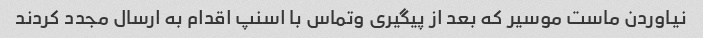
نیاوردن ماست موسیر که بعد از پیگیری وتماس با اسنپ اقدام به ارسال مجدد کردند